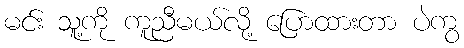
မင်း သူ့ကို ကူညီမယ်လို့ ပြောထားတာ ပဲကွ